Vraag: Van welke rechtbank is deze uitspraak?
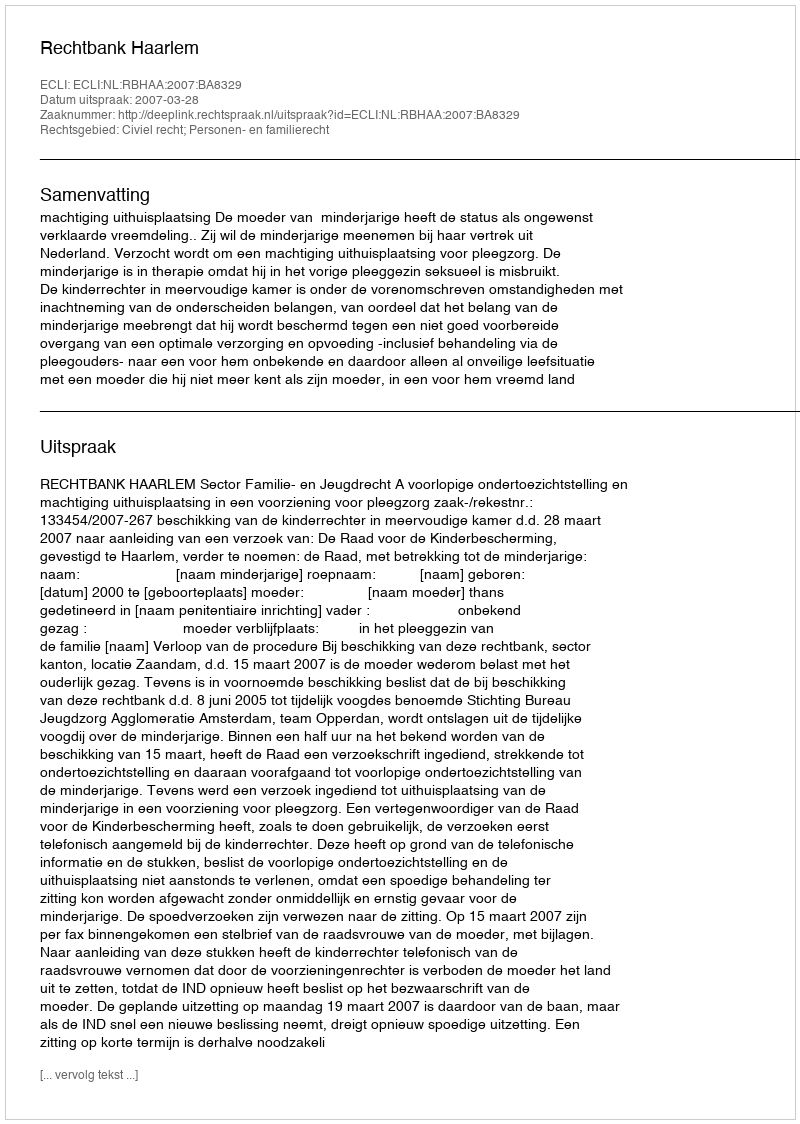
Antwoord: Rechtbank Haarlem